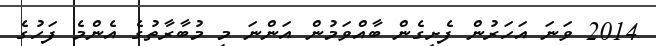
2014 ވަނަ އަހަރުން ފެށިގެން ބާއްވަމުން އަންނަ މި މުބާރާތުގެ އެންމެ ފަހުގެ